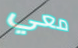
معي